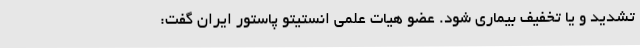
تشدید و یا تخفیف بیماری شود. عضو هیات علمی انستیتو پاستور ایران گفت: